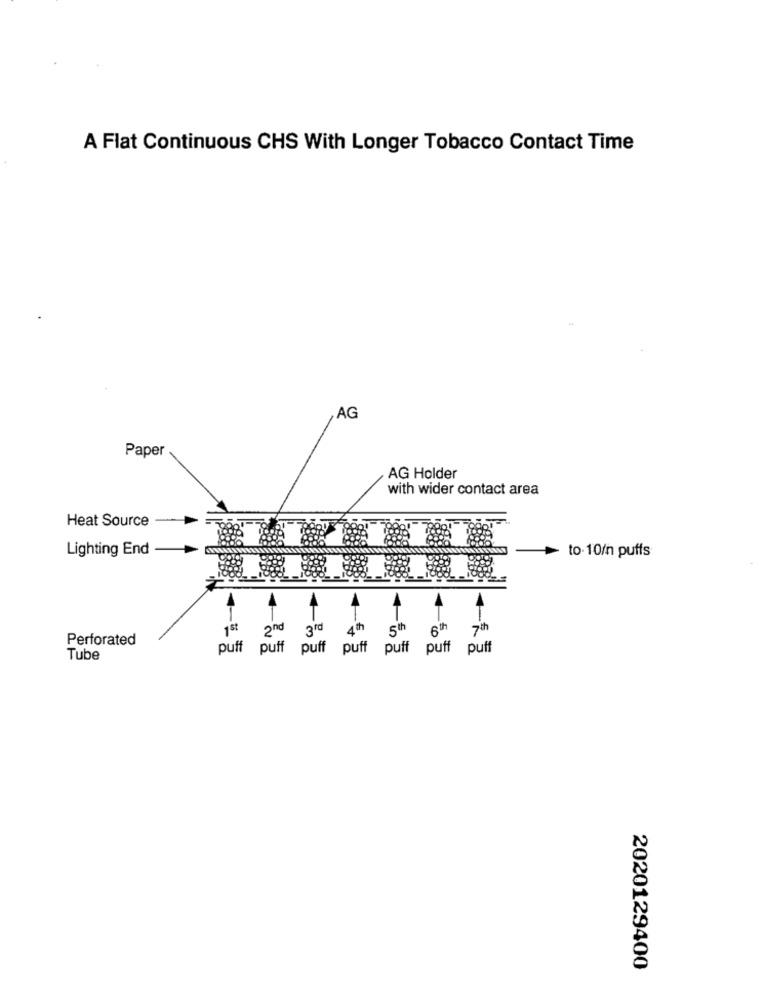
A Flat Continuous CHS With Longer Tobacco Contact Time
AG
Paper
AG Holder
with wider contact area
Heat Source
Lighting End
to- 10/n puffs
15t
2nd
3rd
5th
6th
7th
Perforated
puff
puff puff puff puff puff
puff
Tube
2020129400